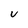
Character: v